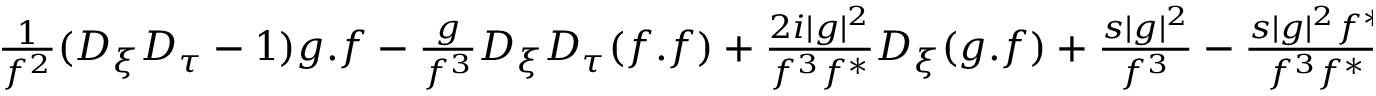
\begin{array} { r } { \frac { 1 } { f ^ { 2 } } ( D _ { \xi } D _ { \tau } - 1 ) g . f - \frac { g } { f ^ { 3 } } D _ { \xi } D _ { \tau } ( f . f ) + \frac { 2 i | g | ^ { 2 } } { f ^ { 3 } f ^ { * } } D _ { \xi } ( g . f ) + \frac { s | g | ^ { 2 } } { f ^ { 3 } } - \frac { s | g | ^ { 2 } f ^ { * } } { f ^ { 3 } f ^ { * } } = 0 } \end{array}